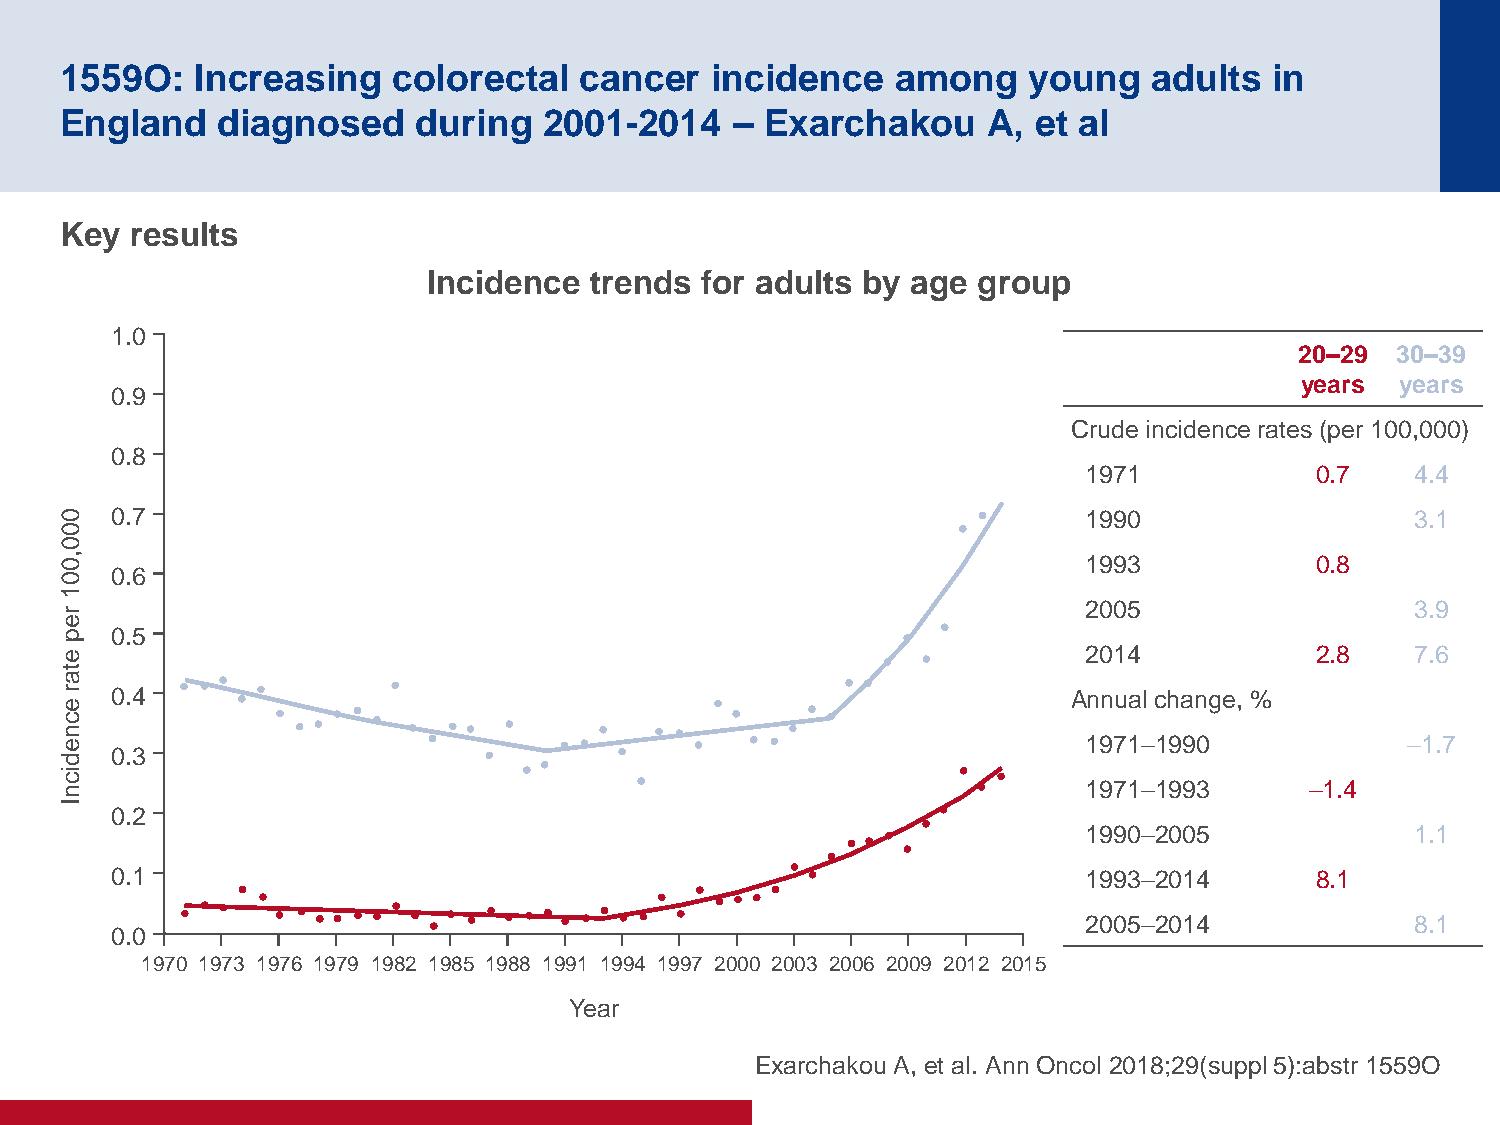
1559O:   Increasing   colorectal  cancer   incidence   among    young   adults  in
 England   diagnosed     during  2001-2014    – Exarchakou    A,  et al
 Key  results
 Incidence  trends for adults by age  group
 1.0
 20–29 30–39
 years  years
 0.9
 Crude incidence rates (per 100,000)
 0.8
 1971           0.7    4.4
 0  0.7                                                              1990                  3.1
 0
 0
 , 0                                                                 1993           0.8
 0  0.6
 1
 2005                  3.9
 r
 e
 p  0.5
 e                                                                   2014           2.8    7.6
 t
 a
 r  0.4                                                             Annual change, %
 e
 c
 n
 e                                                                   1971–1990            –1.7
 0.3
 d
 ic
 n                                                                   1971–1993      –1.4
 I
 0.2
 1990–2005             1.1
 0.1                                                              1993–2014      8.1
 2005–2014             8.1
 0.0
 1970 1973 1976 1979 1982 1985 1988 1991 1994 1997 2000 2003 2006 2009 2012 2015
 Year
 Exarchakou A, et al. Ann Oncol 2018;29(suppl 5):abstr 1559O